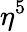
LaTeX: \eta^{5}